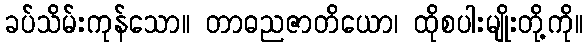
ခပ်သိမ်းကုန်သော။ တာဓညဇာတိယော၊ ထိုစပါးမျိုးတို့ကို။